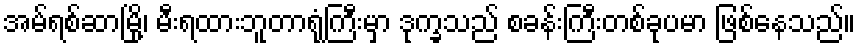
အမ်ရစ်ဆာမြို့၊ မီးရထားဘူတာရုံကြီးမှာ ဒုက္ခသည် စခန်းကြီးတစ်ခုပမာ ဖြစ်နေသည်။